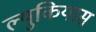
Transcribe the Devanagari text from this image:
ल्युकियास